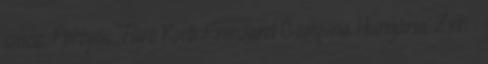
sincs. Pöttyös Túró Rudi Friesland Campina Hungária Zrt. .